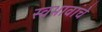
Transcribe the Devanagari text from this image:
स्वभावांचे